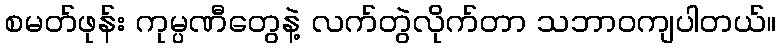
စမတ်ဖုန်း ကုမ္ပဏီတွေနဲ့ လက်တွဲလိုက်တာ သဘာဝကျပါတယ်။